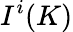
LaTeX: I^{i}(K)